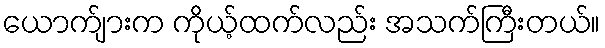
ယောက်ျားက ကိုယ့်ထက်လည်း အသက်ကြီးတယ်။